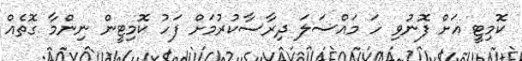
ކޮމިޓީ އަށް ފޮނުވި ހަ މައްސަލަ ދިރާސާކުރުމަށް ފަހު ކޮމިޓީން ނިންމާ ގޮތެއް